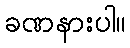
ခဏနားပါ။